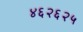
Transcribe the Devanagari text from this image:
४६२६२५